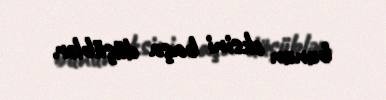
bunun əksini başa düşüblər.